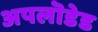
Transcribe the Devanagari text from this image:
अपलॊडेड